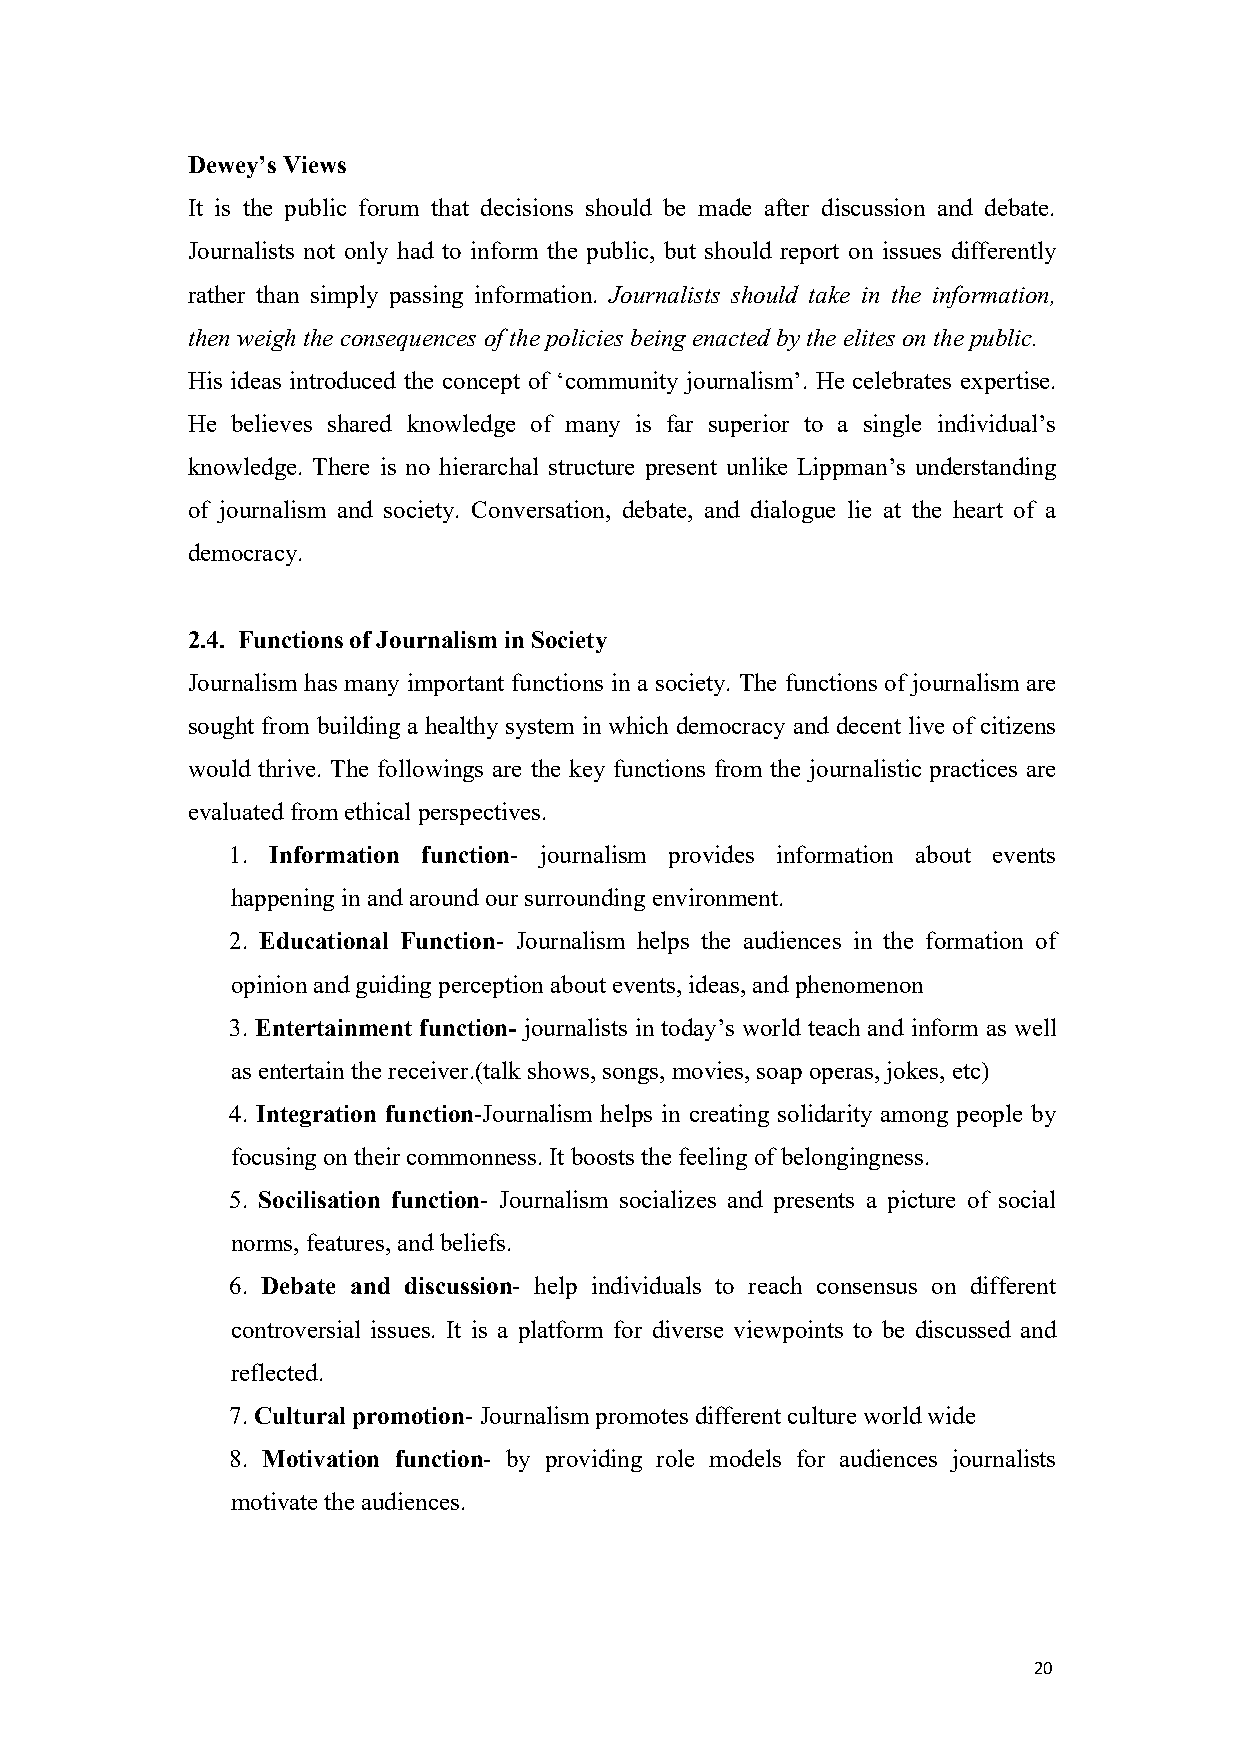
Dewey’s Views
 It is the public forum that decisions should be made after discussion and debate.
 Journalists not only had to inform the public, but should report on issues differently
 rather than simply passing information. Journalists should take in the information,
 then weigh theconsequences ofthepolicies being enacted bytheelites onthepublic.
 His ideas introduced the concept of ‘community journalism’. He celebrates expertise.
 He believes shared knowledge of many is far superior to a single individual’s
 knowledge. There is no hierarchal structure present unlike Lippman’s understanding
 of journalism and society. Conversation, debate, and dialogue lie at the heart of a
 democracy.
 2.4. FunctionsofJournalisminSociety
 Journalism has many important functions in a society. The functions of journalism are
 sought from building a healthy system in which democracy and decent live of citizens
 would thrive. The followings are the key functions from the journalistic practices are
 evaluated from ethical perspectives.
 1. Information function- journalism provides information about events
 happening in and around oursurrounding environment.
 2. Educational Function- Journalism helps the audiences in the formation of
 opinionand guiding perception about events, ideas, and phenomenon
 3. Entertainment function- journalists in today’s world teach and inform as well
 as entertain thereceiver.(talk shows, songs, movies, soap operas, jokes, etc)
 4. Integration function-Journalism helps in creating solidarity among people by
 focusing ontheircommonness. It boosts thefeeling ofbelongingness.
 5. Socilisation function- Journalism socializes and presents a picture of social
 norms, features, and beliefs.
 6. Debate and discussion- help individuals to reach consensus on different
 controversial issues. It is a platform for diverse viewpoints to be discussed and
 reflected.
 7.Culturalpromotion- Journalismpromotes different cultureworld wide
 8. Motivation function- by providing role models for audiences journalists
 motivatetheaudiences.
 20